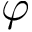
\varphi